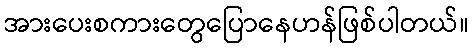
အားပေးစကားတွေပြောနေဟန်ဖြစ်ပါတယ်။